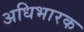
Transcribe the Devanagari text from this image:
अधिभारक